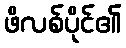
ဖိလစ်ပိုင်၏